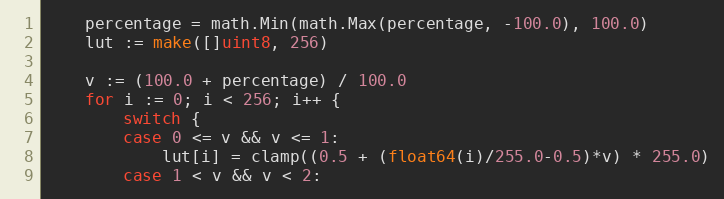
Language: Go
	percentage = math.Min(math.Max(percentage, -100.0), 100.0)
	lut := make([]uint8, 256)

	v := (100.0 + percentage) / 100.0
	for i := 0; i < 256; i++ {
		switch {
		case 0 <= v && v <= 1:
			lut[i] = clamp((0.5 + (float64(i)/255.0-0.5)*v) * 255.0)
		case 1 < v && v < 2: